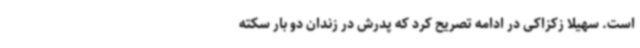
است. سهیلا زکزاکی در ادامه تصریح کرد که پدرش در زندان دو بار سکته